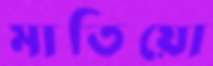
মাতিয়ো